Lock hospitals Punjab
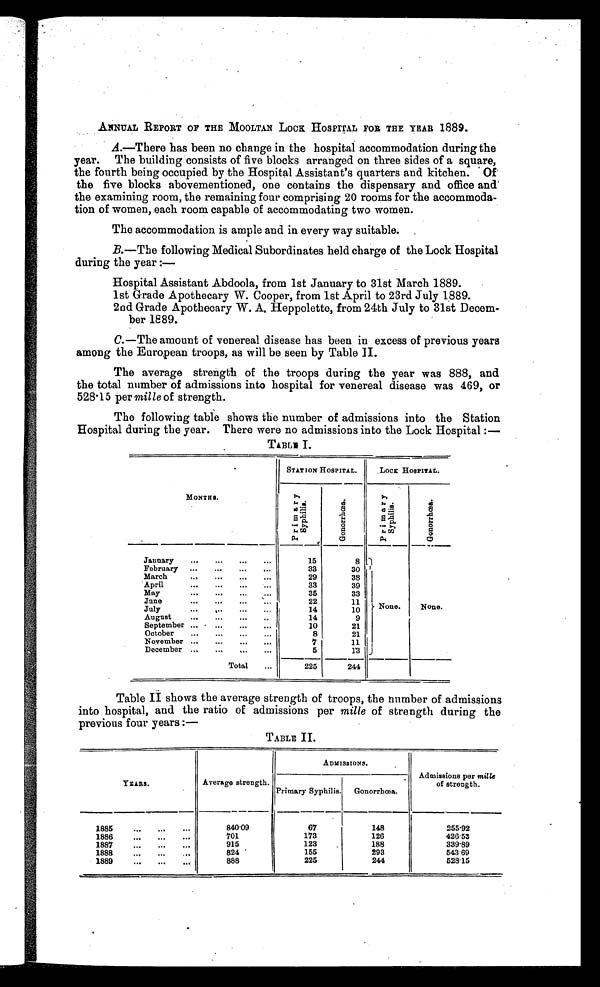
ANNUAL REPORT OF THE MOOLTAN LOCK HOSPITAL FOR THE YEAR 1889.
A .—There has been no change in the hospital accommodation during the
year. The building consists of five blocks arranged on three sides of a square,
the fourth being occupied by the Hospital Assistant's quarters and kitchen. Of'
the five blocks abovementioned, one contains the dispensary and office and
the examining room, the remaining four comprising 20 rooms for the accommoda--
tion of women, each room capable of accommodating two women.
The accommodation is ample and in every way suitable.
B.—The following Medical Subordinates held charge of the Lock Hospital
during the year :
—
Hospital Assistant Abdoola, from 1st January to 31st March 1889.
1st Grade Apothecary W. Cooper, from 1st April to 23rd July 1889.
2nd Grade Apothecary W. A, Heppolette, from 24th July to 31st Decem-
ber 1889.
C.—The amount of venereal disease has been in excess of previous years
among the European troops, as will be seen by Table II.
The average strength of the troops during the year was 888, and
the total number of admissions into hospital for venereal disease was 469, or
528.15 per mille of strength.
The following table shows the number of admissions into the Station
Hospital during the year. There were no admissions into the Lock Hospital :—
TABLE I.
MONTHS.
STATION HOSPITAL.
LOCK HOSPITAL.
P r i m a r y S y p h i l i s .
G o n o r r h œ a .
P r i m a r y S y p h i l i s .
G o n o r r h œ a .
January
...
...
...
...
15
8
None . None.
February ...
. . . . . . . .
.....
...
33
30
March
...
, . . . . . . . .
. . . . . .
...
29
38
April
...
. . . . . . . . .
. . . . . .
. . .
33
39
May
...
. . . . . . . . .
. . .
. . .
35
33
June
...
. . . . . . . . .
. . .
. . .
22
11
July
...
. . . . . . . . .
. . . . . .
. . .
14
10
August
...
. . . . . . . . .
...
. . .
14
9
September ...
. . . . . . . . .
...
. . .
10
21
October
...
. . . . . . . .
...
. . .
8
21
November ...
. . . . . . . .
...
...
7
11
December ...
...
...
. . .
5
1 3
Total
...
225
244
Table II shows the average strength of troops, the number of admissions
into hospital, and the ratio of admissions per mille of strength during the
previous four years :—
TABLE II.
YEARS.
Average strength.
ADMISSIONS.
Admissions per mille
of strength.
Primary Syphilis.
G o n o r r h œ a .
1885
...
...
...
840.09
67
148
255.92
1886
. . . . . .
. . .
....
701
173
126
426.53
1887
. . .
. . . . . .
. . .
915
123
188
339.89
1888
. . . . . .
. . . . . .
....
824
155
293
543 69
1889
...
...
...
888
225
244
5 2 8 . 1 5